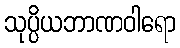
သုပ္ပိယဘာဏဝါရော